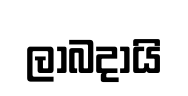
ලාබදායි